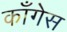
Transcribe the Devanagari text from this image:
काँगेस